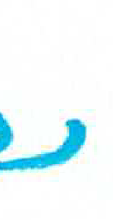
אות: נ